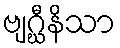
ဗျဂ္ဃီနိသာ